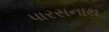
પારસનાથ